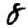
Digit: 8